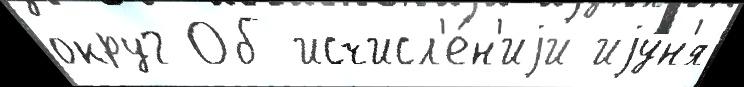
округ Об исчисл'е́н'иjи иjу́н'я